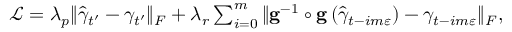
\begin{array} { r } { \mathcal { L } = \lambda _ { p } \Vert \widehat { \gamma } _ { t ^ { \prime } } - \gamma _ { t ^ { \prime } } \Vert _ { F } + \lambda _ { r } \sum _ { i = 0 } ^ { m } \Vert \mathbf { g } ^ { - 1 } \circ \mathbf { g } \left( \widehat { \gamma } _ { t - i m \varepsilon } \right) - \gamma _ { t - i m \varepsilon } \Vert _ { F } , } \end{array}